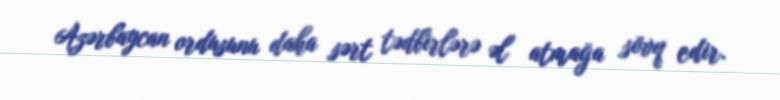
Azərbaycan ordusunu daha sərt tədbirlərə əl atmağa sövq edir.